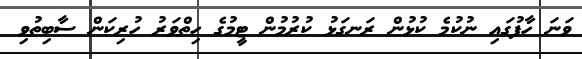
ވަނަ ހާފުގައި ނުކުމެ ކުޅުން ރަނގަޅު ކުރުމުން ޓީމުގެ ހިތްވަރު ހުރިކަން ސާބިތުވި